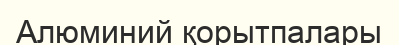
Алюминий қорытпалары